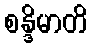
စန္ဒိမာတိ